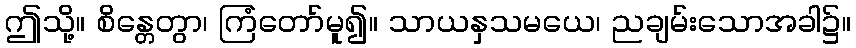
ဤသို့။ စိန္တေတွာ၊ ကြံတော်မူ၍။ သာယနှသမယေ၊ ညချမ်းသောအခါ၌။